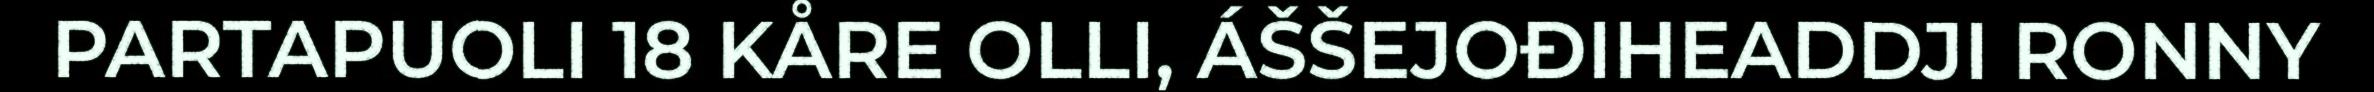
PARTAPUOLI 18 KÅRE OLLI, ÁŠŠEJOĐIHEADDJI RONNY